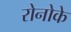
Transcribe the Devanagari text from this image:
रोनोके